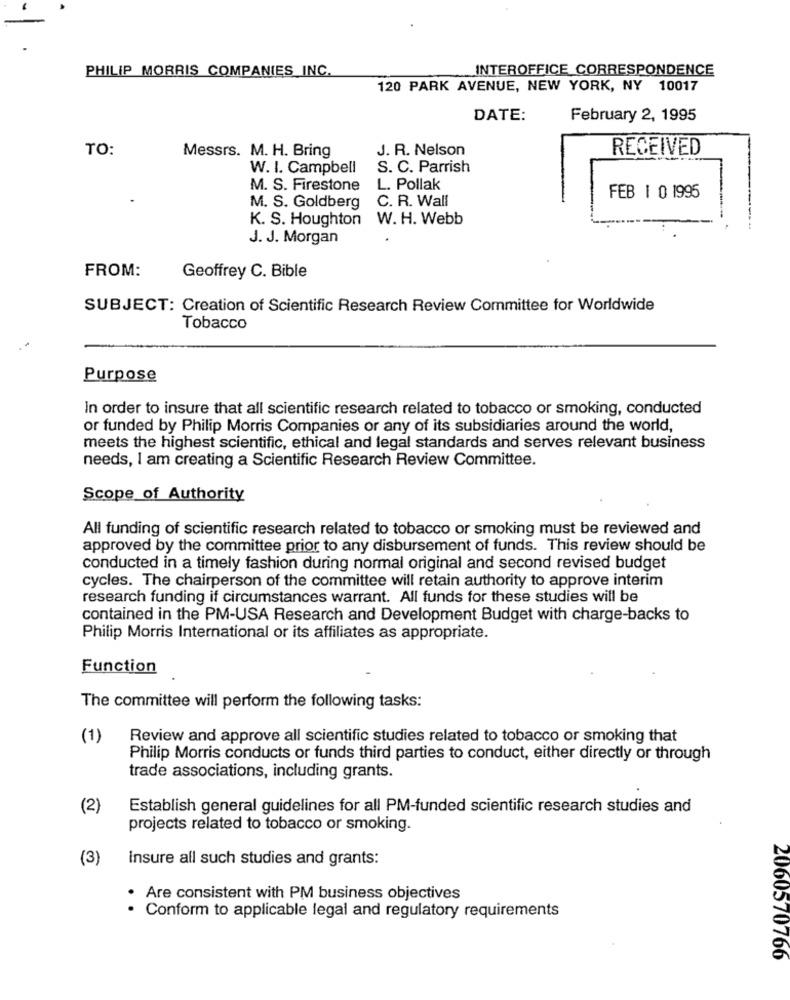
PHILIP MORRIS COMPANIES INC.
INTEROFFICE CORRESPONDENCE
120 PARK AVENUE, NEW YORK, NY 10017
DATE:
February 2, 1995
TO:
Messrs. M. H. Bring
J. R. Nelson
RECEIVED
W. I. Campbell
S. C. Parrish
M. S. Firestone
L. Pollak
C. R. Wall
FEB 1 0 1995
M. S. Goldberg
K. S. Houghton
W. H. Webb
J. J. Morgan
FROM:
Geoffrey C. Bible
SUBJECT: Creation of Scientific Research Review Committee for Worldwide
Tobacco
Purpose
In order to insure that all scientific research related to tobacco or smoking, conducted
or funded by Philip Morris Companies or any of its subsidiaries around the world,
meets the highest scientific, ethical and legal standards and serves relevant business
needs, I am creating a Scientific Research Review Committee.
Scope of Authority
All funding of scientific research related to tobacco or smoking must be reviewed and
approved by the committee prior to any disbursement of funds. This review should be
conducted in a timely fashion during normal original and second revised budget
cycles. The chairperson of the committee will retain authority to approve interim
research funding if circumstances warrant. All funds for these studies will be
contained in the PM-USA Research and Development Budget with charge-backs to
Philip Morris International or its affiliates as appropriate.
Function
The committee will perform the following tasks:
(1)
Review and approve all scientific studies related to tobacco or smoking that
Philip Morris conducts or funds third parties to conduct, either directly or through
trade associations, including grants.
(2)
Establish general guidelines for all PM-funded scientific research studies and
projects related to tobacco or smoking.
(3)
Insure all such studies and grants:
· Are consistent with PM business objectives
Conform to applicable legal and regulatory requirements
2060570766